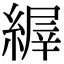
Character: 𦃘